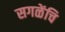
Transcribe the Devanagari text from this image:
सगळेंचि